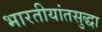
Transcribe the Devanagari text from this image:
भारतीयांतसुद्धा